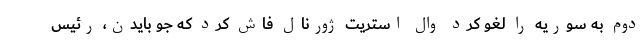
دوم به سوریه را لغو کرد وال استریت ژورنال فاش کرد که جو بایدن، رئیس